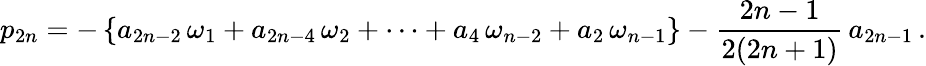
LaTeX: p_{2n}=-\left\{ a_{2n-2}\, \omega_{1}+a_{2n-4}\, \omega_{2}+\cdots+a_{4}\, \omega_{n-2}+a_{2}\, \omega_{n-1}\right\} -\frac{2n-1}{2(2n+1)}\, a_{2n-1}\, .